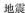
地震